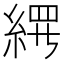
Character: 𬗢